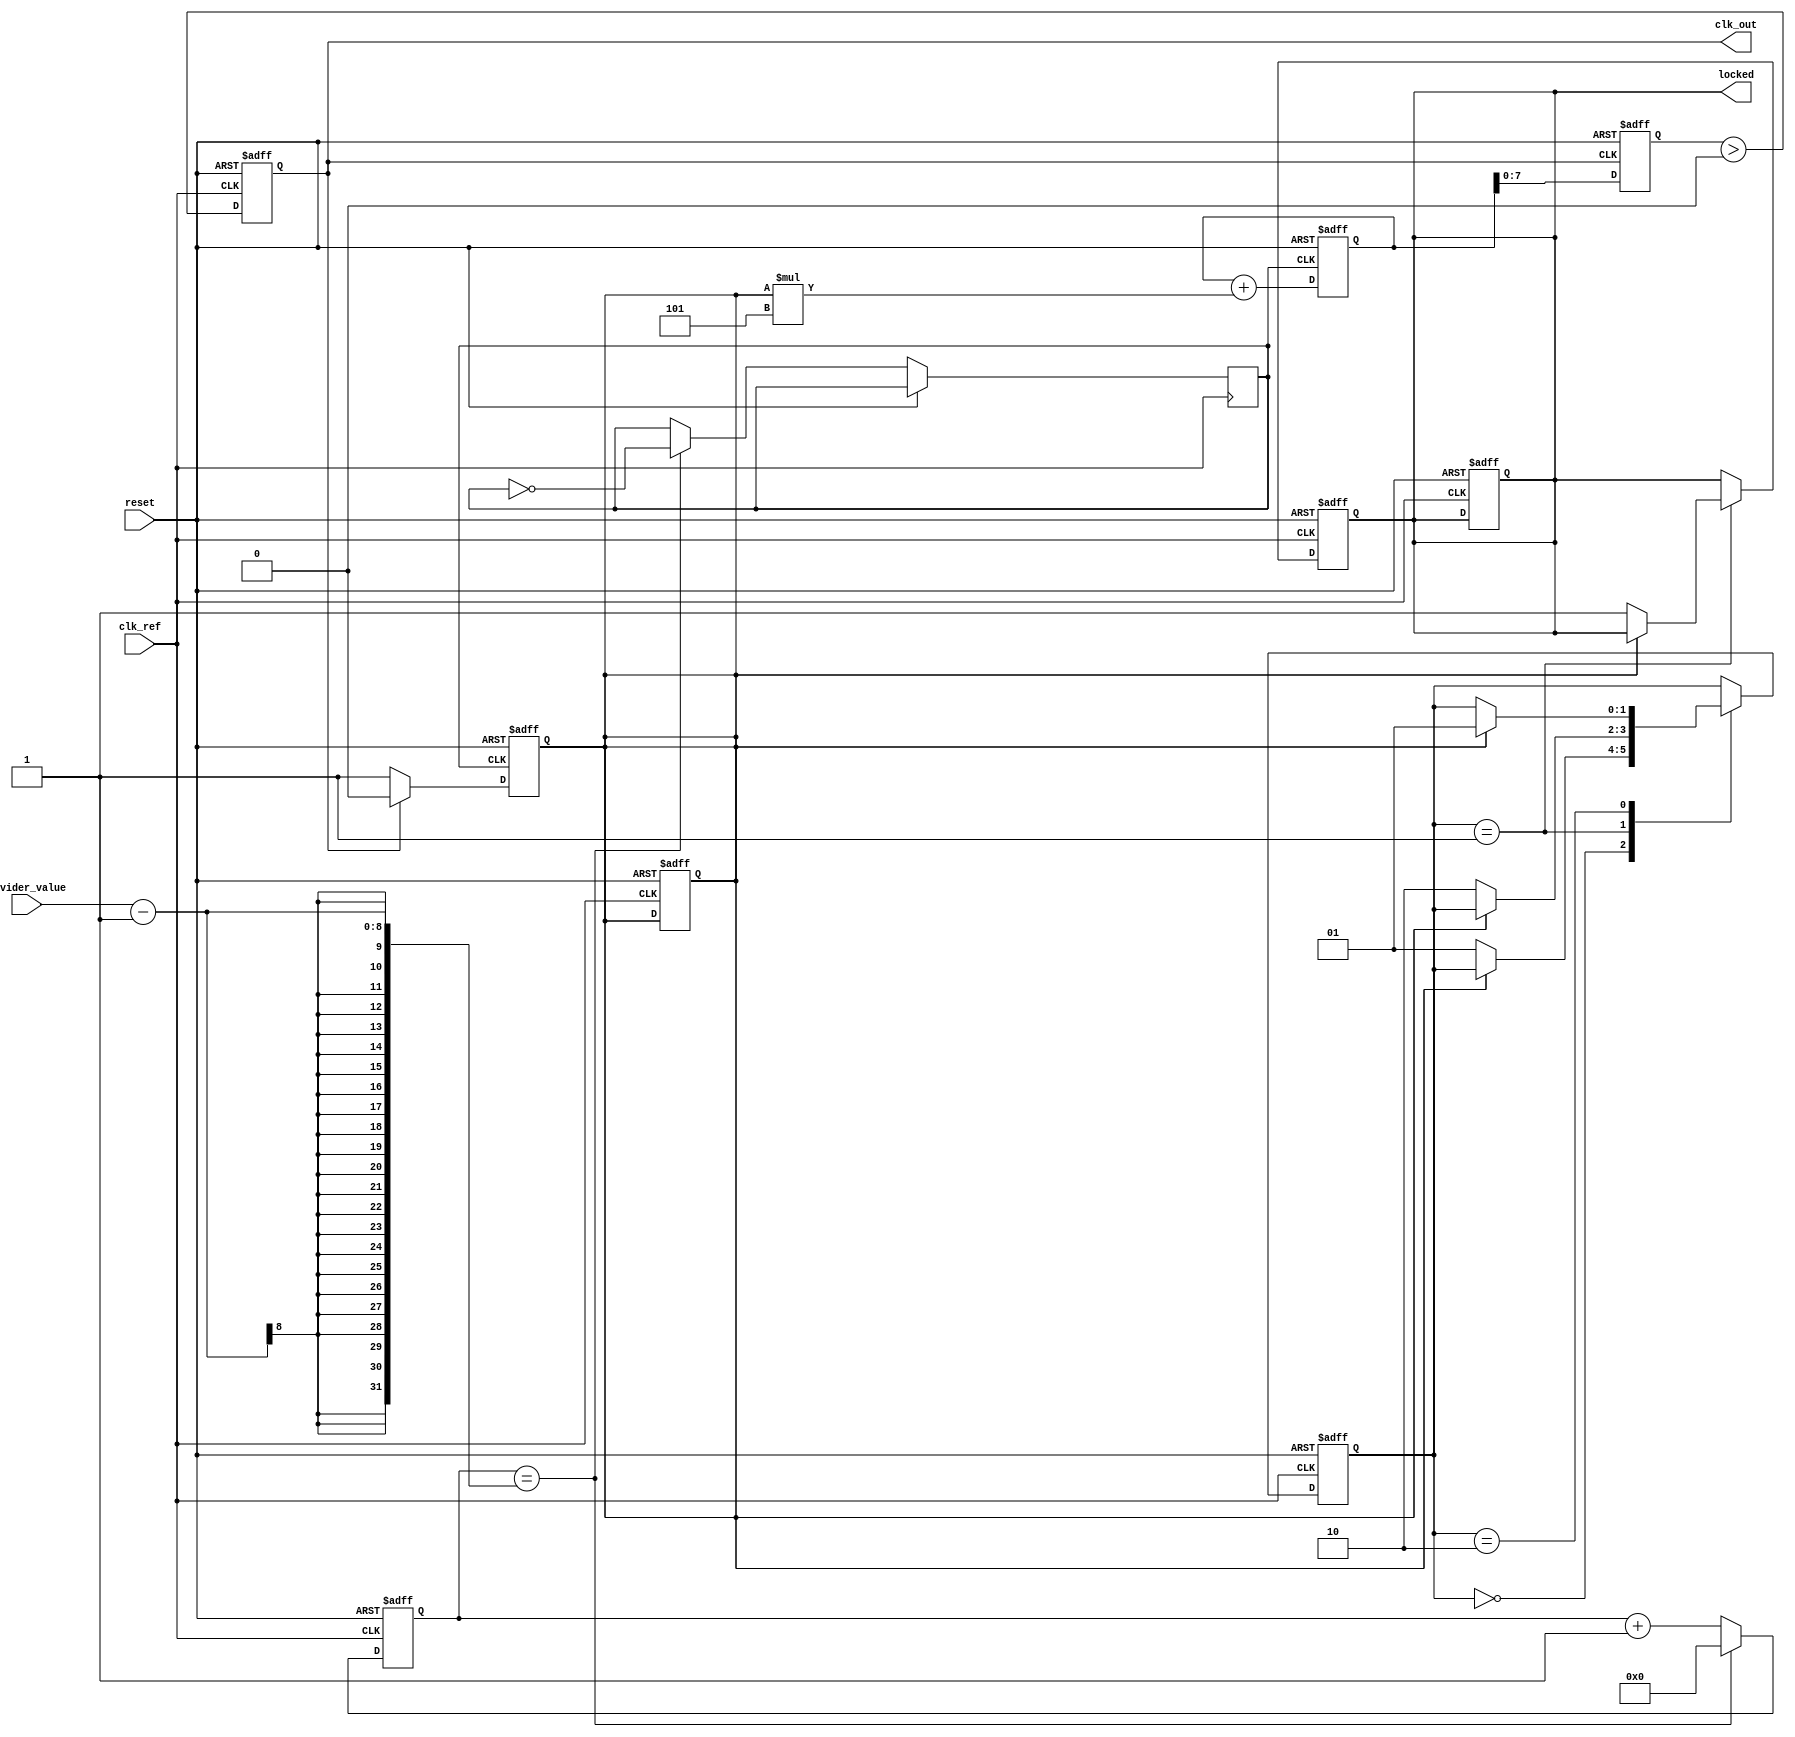
module integer_n_pll (
    input wire clk_ref,              // Reference clock input
    input wire reset,                // Asynchronous reset
    input wire [7:0] divider_value,  // Programmable integer divider value for f_ref
    output reg clk_out,              // Output clock
    output reg locked                // Lock status
);

// Phase Detector (PD) signals
reg phase_error;                   // Phase error signal

// Loop Filter (LF) parameters
parameter LF_GAIN = 8'd5;         // Gain for the loop filter
reg [15:0] control_voltage;         // Control voltage to the VCO

// Voltage-Controlled Oscillator (VCO)
reg [7:0] vco_frequency;           // VCO frequency output
wire vco_clk;                      // VCO clock output

// Divider for the reference clock
reg [7:0] ref_div_counter;
wire divided_ref_clk;

// State machine for lock detection
reg [1:0] state;
localparam IDLE = 2'b00, LOCKING = 2'b01, LOCKED = 2'b10;

// Frequency Divider for reference clock
always @(posedge clk_ref or posedge reset) begin
    if (reset) begin
        ref_div_counter <= 0;
        phase_error <= 0;
    end else begin
        if (ref_div_counter == (divider_value - 1)) begin
            ref_div_counter <= 0;
            divided_ref_clk <= ~divided_ref_clk;
        end else begin
            ref_div_counter <= ref_div_counter + 1;
        end
    end
end

// Phase Detector (PD) Logic
always @(posedge divided_ref_clk or posedge reset) begin
    if (reset) begin
        phase_error <= 0;
    end else begin
        // Phase comparison logic (simple example)
        // In a real implementation, this would involve more complex logic
        phase_error <= clk_out ? 1'b0 : 1'b1;  // Simplified phase error logic
    end
end

// Loop Filter (LF) Logic
always @(posedge divided_ref_clk or posedge reset) begin
    if (reset) begin
        control_voltage <= 16'd0;
    end else begin
        control_voltage <= control_voltage + (phase_error * LF_GAIN);
    end
end

// Voltage-Controlled Oscillator (VCO)
always @(posedge clk_out or posedge reset) begin
    if (reset) begin
        vco_frequency <= 8'd0; // Reset VCO frequency
    end else begin
        // Simplified VCO frequency generation based on control voltage
        vco_frequency <= control_voltage[7:0];  // Use lower bits for frequency
    end
end

// Output clock generation
always @(posedge clk_ref or posedge reset) begin
    if (reset) begin
        clk_out <= 0;
        locked <= 0;
    end else begin
        clk_out <= (vco_frequency > 0); // Generate clock based on VCO frequency
    end
end

// State machine for locking detection
always @(posedge clk_ref or posedge reset) begin
    if (reset) begin
        state <= IDLE;
        locked <= 0;
    end else begin
        case (state)
            IDLE: begin
                if (phase_error == 0) begin
                    state <= LOCKING;
                end
            end
            LOCKING: begin
                if (phase_error == 0) begin
                    state <= LOCKED;
                    locked <= 1;
                end
            end
            LOCKED: begin
                if (phase_error != 0) begin
                    state <= LOCKING; // Re-enter locking state if phase error occurs
                end
            end
        endcase
    end
end

endmodule